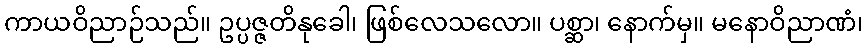
ကာယဝိညာဉ်သည်။ ဥပ္ပဇ္ဇတိနုခေါ၊ ဖြစ်လေသလော။ ပစ္ဆာ၊ နောက်မှ။ မနောဝိညာဏံ၊